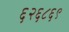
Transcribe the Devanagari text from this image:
६२६८६९